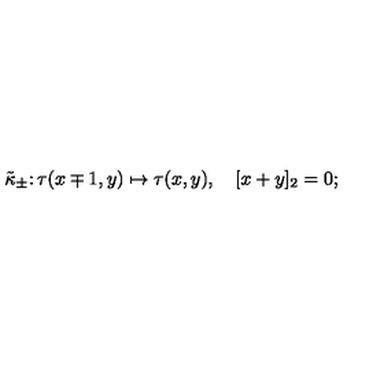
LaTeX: \tilde { \kappa } _ { \pm } \colon \tau ( x \mp 1 , y ) \mapsto \tau ( x , y ) , \quad [ x + y ] _ { 2 } = 0 ;